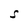
Character: S